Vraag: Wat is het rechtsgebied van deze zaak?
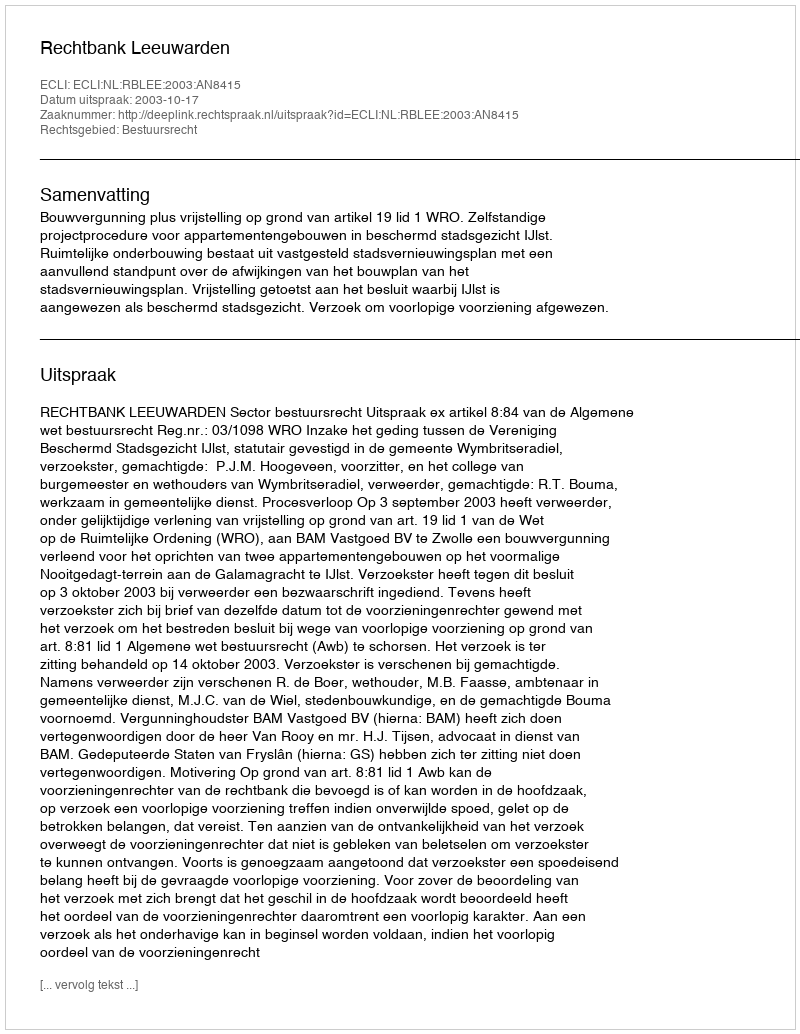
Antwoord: Bestuursrecht